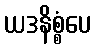
ယဒနိစ္စံပေ